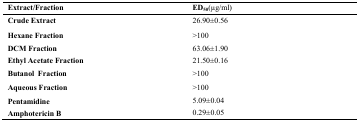
<table><thead><tr><td><b>Extract/Fraction</b></td><td><b>ED<sub>50</sub>(μg/ml)</b></td></tr></thead><tbody><tr><td><b>Crude Extract</b></td><td>26.90±0.56</td></tr><tr><td><b>Hexane Fraction</b></td><td>&gt;100</td></tr><tr><td><b>DCM Fraction</b></td><td>63.06±1.90</td></tr><tr><td><b>Ethyl Acetate Fraction</b></td><td>21.50±0.16</td></tr><tr><td><b>Butanol Fraction</b></td><td>&gt;100</td></tr><tr><td><b>Aqueous Fraction </b></td><td>&gt;100</td></tr><tr><td><b>Pentamidine</b></td><td>5.09±0.04</td></tr><tr><td><b>Amphotericin B</b></td><td>0.29±0.05</td></tr></tbody></table>